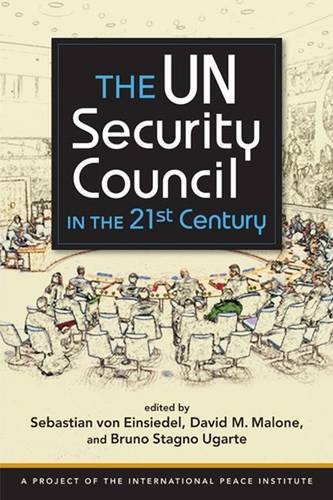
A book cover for The UN Security Council in the 21st Century; History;